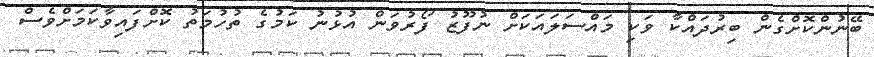
ބޭނުންކޮށްގެން ބިރުދައްކާ ވަކި މައްސަލައަކަށް ނުފޫޒު ފޯރުވަން އުޅުނު ކަމުގެ ތުހުމަތު ކޮށްފައިވާކަމަށްވެސް